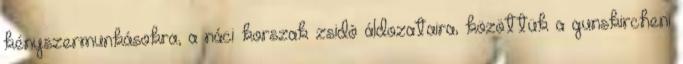
kényszermunkásokra, a náci korszak zsidó áldozataira, közöttük a gunskircheni